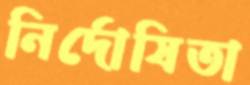
নির্দোষিতা